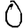
Digit: 0